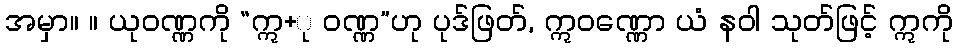
အမှာ။ ။ ယုဝဏ္ဏကို “ဣ+ု ဝဏ္ဏ”ဟု ပုဒ်ဖြတ်, ဣဝဏ္ဏော ယံ နဝါ သုတ်ဖြင့် ဣကို